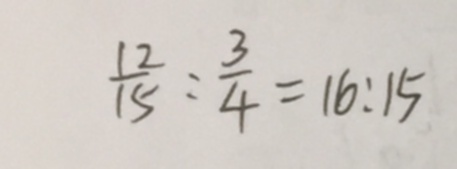
\frac { 1 2 } { 1 5 } : \frac { 3 } { 4 } = 1 6 : 1 5